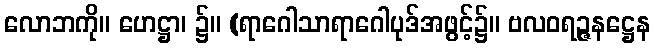
လောဘကို။ ဟေဋ္ဌာ၊ ၌။ (ရာဂေါသာရာဂေါပုဒ်အဖွင့်၌။ ဗလဝရဉ္ဇနဋ္ဌေန